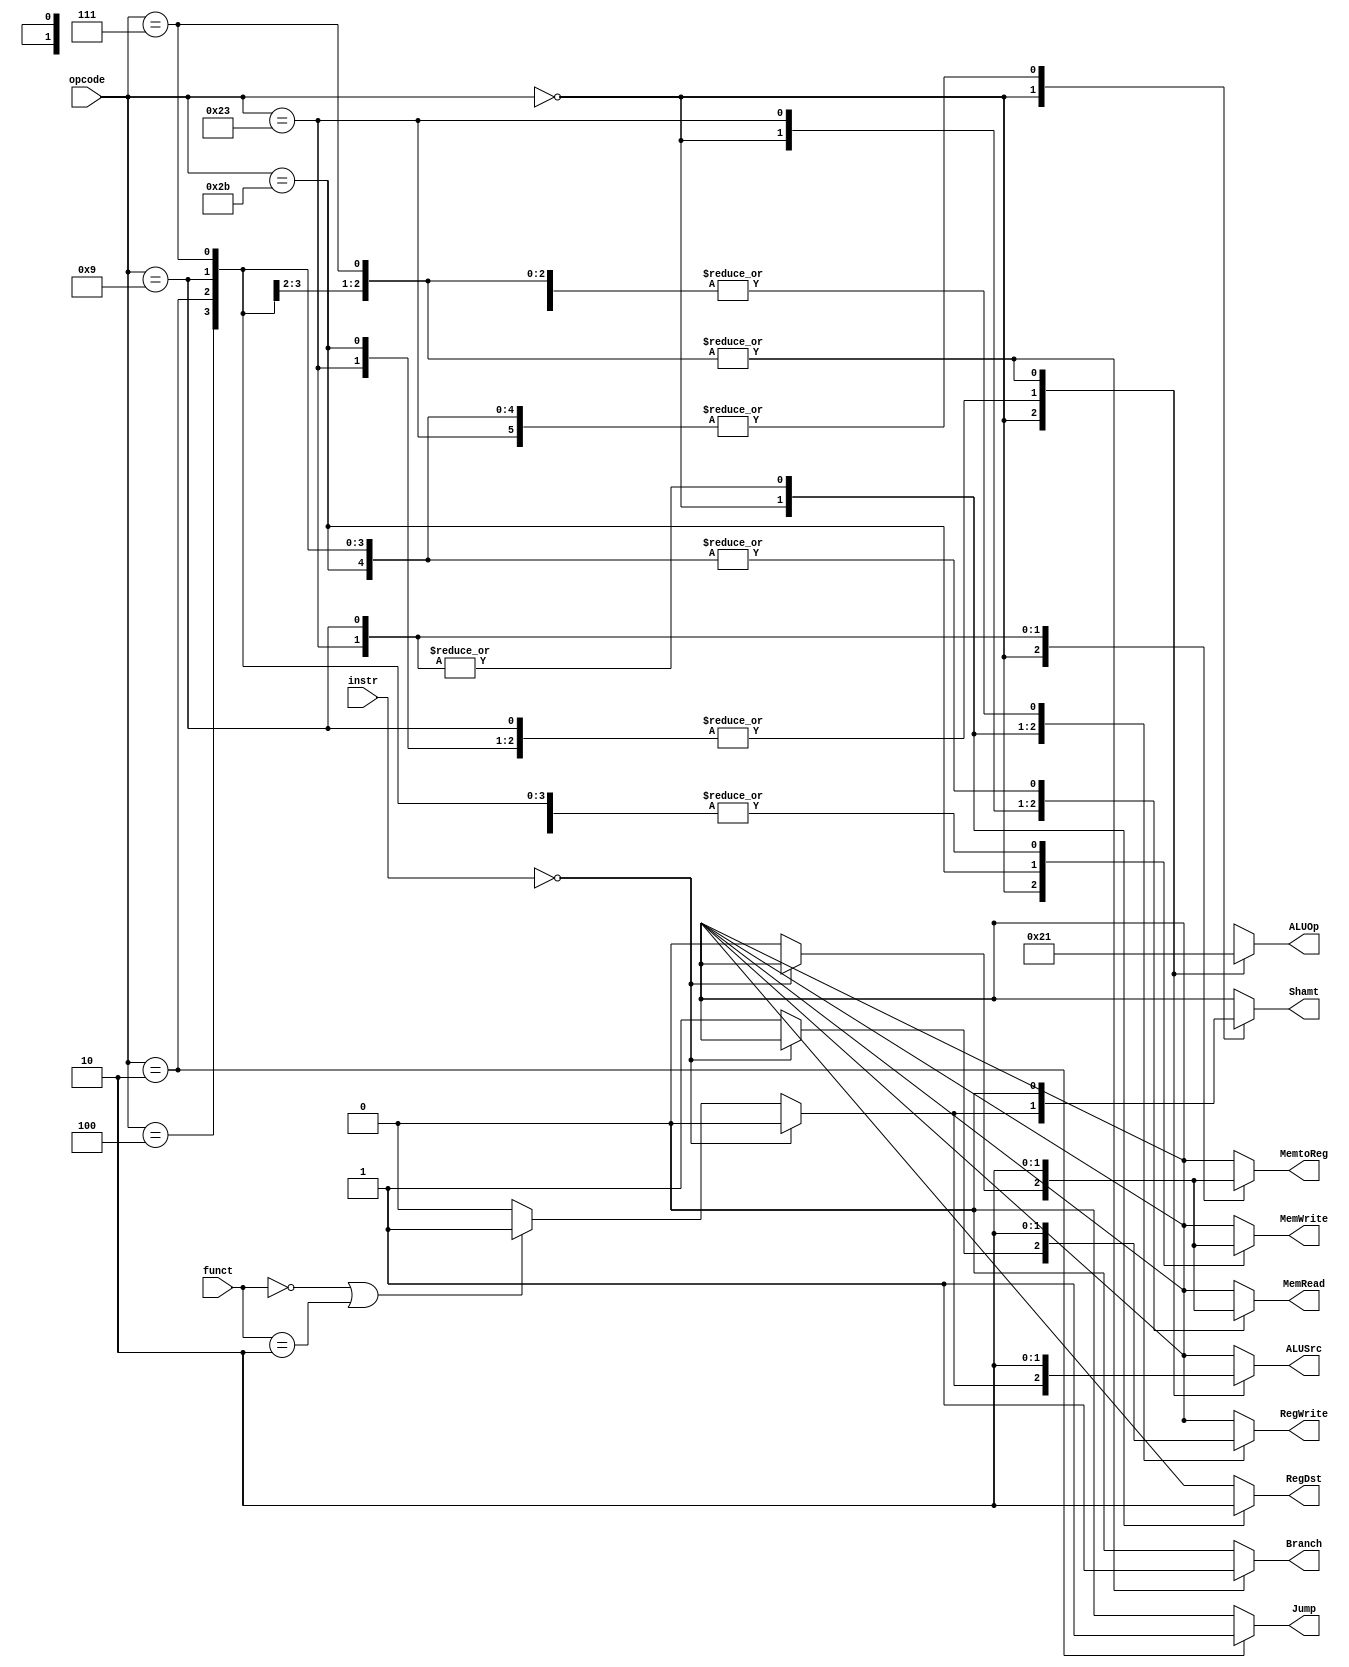
/*
	Title: MIPS Single-Cycle Control Unit
	Editor: Selene (Computer System and Architecture Lab, ICE, CYCU)
	
	Input Port
		1. opcode: JONAT
	Input Port
		1. RegDst: RFMUX
		2. ALUSrc: ALUMUX
		3. MemtoReg: WRMUX
		4. RegWrite: sO_igJ
		5. MemRead:  OO_iX
		6. MemWrite: OO_igJ
		7. Branch: PALUXzeroTANDBPCMUX
		8. ALUOp: XALU Control
*/
module control_single( instr, opcode, funct, RegDst, ALUSrc, MemtoReg, RegWrite, 
					   MemRead, MemWrite, Branch, Jump, ALUOp, Shamt);
	
	input[31:0] instr ;
    input[5:0] opcode, funct;
    output RegDst, ALUSrc, MemtoReg, RegWrite, MemRead, MemWrite, Branch, Jump, Shamt;
    output[1:0] ALUOp;
    reg RegDst, ALUSrc, MemtoReg, RegWrite, MemRead, MemWrite, Branch, Jump, Shamt;
    reg[1:0] ALUOp;

    parameter R_FORMAT = 6'd0;
    parameter LW = 6'd35;
    parameter SW = 6'd43;
    parameter BEQ = 6'd4;
	parameter J = 6'd2;
    parameter ADDIU = 6'd9;
	parameter BGTZ = 6'd7;
		
    always @( opcode ) begin
        case ( opcode )
          R_FORMAT : 
          begin
		        if( instr == 32'd0 )
				begin
				    RegDst = 1'b1; ALUSrc = 1'b0; MemtoReg = 1'bx; RegWrite = 1'bx; MemRead = 1'bx; 
				    MemWrite = 1'bx; Branch = 1'b0; Jump = 1'b0; ALUOp = 2'b10; Shamt = 1'b0;
				end
				else
				  begin
				    RegDst = 1'b1; ALUSrc = 1'b0; MemtoReg = 1'b0; RegWrite = 1'b1; MemRead = 1'b0; 
				    MemWrite = 1'b0; Branch = 1'b0; Jump = 1'b0; ALUOp = 2'b10; Shamt = 1'b0;
                    if ( funct == 6'd0 || funct == 6'd2 )
				    begin 
				      ALUSrc = 1'b1; Shamt = 1'b1;
				    end
				  end
		  end
          LW :
          begin
				RegDst = 1'b0; ALUSrc = 1'b1; MemtoReg = 1'b1; RegWrite = 1'b1; MemRead = 1'b1; 
				MemWrite = 1'b0; Branch = 1'b0; Jump = 1'b0; ALUOp = 2'b00; Shamt = 1'b0;
          end
          SW :
          begin
				RegDst = 1'bx; ALUSrc = 1'b1; MemtoReg = 1'bx; RegWrite = 1'b0; MemRead = 1'b0; 
				MemWrite = 1'b1; Branch = 1'b0; Jump = 1'b0; ALUOp = 2'b00; Shamt = 1'b0;
          end
          BEQ :
          begin
				RegDst = 1'bx; ALUSrc = 1'b0; MemtoReg = 1'bx; RegWrite = 1'b0; MemRead = 1'b0; 
				MemWrite = 1'b0; Branch = 1'b1; Jump = 1'b0; ALUOp = 2'b01; Shamt = 1'b0;
          end
		  J :
		  begin
				RegDst = 1'bx; ALUSrc = 1'b0; MemtoReg = 1'bx; RegWrite = 1'b0; MemRead = 1'b0; 
				MemWrite = 1'b0; Branch = 1'b1; Jump = 1'b1; ALUOp = 2'b01; Shamt = 1'b0;
		  end
		  ADDIU :
          begin
              	RegDst = 1'b0; ALUSrc = 1'b1; MemtoReg = 1'b0; RegWrite = 1'b1; MemRead = 1'b0; 
             	MemWrite = 1'b0; Branch = 1'b0; Jump = 1'b0; ALUOp = 2'b00; Shamt = 1'b0;
          end
		  BGTZ :
          begin
				RegDst = 1'bx; ALUSrc = 1'b0; MemtoReg = 1'bx; RegWrite = 1'b0; MemRead = 1'b0; 
				MemWrite = 1'b0; Branch = 1'b1; Jump = 1'b0; ALUOp = 2'b01; Shamt = 1'b0;
          end
          default
          begin
				$display("control_single unimplemented opcode %d", opcode);
				RegDst=1'bx; ALUSrc=1'bx; MemtoReg=1'bx; RegWrite=1'bx; MemRead=1'bx; 
				MemWrite=1'bx; Branch=1'b0; Jump = 1'b0; ALUOp = 2'bxx; Shamt = 1'bx;
          end

        endcase
    end
endmodule